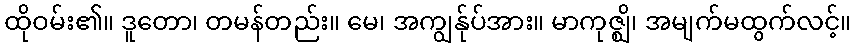
ထိုဝမ်း၏။ ဒူတော၊ တမန်တည်း။ မေ၊ အကျွန်ုပ်အား။ မာကုဇ္ဈိ၊ အမျက်မထွက်လင့်။